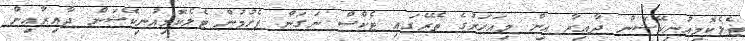
ޓެލެކޮމިއުނިކޭޝަން ދާއިރާ އިން މިއަހަރުގެ ތެރޭގައި ޓެކްސް ނަގަން ފެށުމުން ޓެލެކޮމިއުނިކޭޝަން ދާއިރާއިން